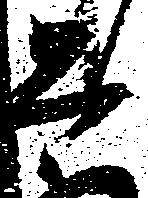
そ